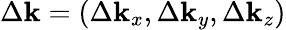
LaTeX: \Delta\boldsymbol{\mathbf{k}}=(\Delta\mathbf{k}_{x},\Delta\mathbf{k}_{y},\Delta\mathbf{k}_{z})